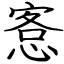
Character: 愙